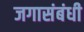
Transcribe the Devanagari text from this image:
जगासंबंधी